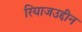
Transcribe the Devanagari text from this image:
रियाजउद्दीन